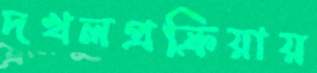
দখলপ্রক্রিয়ায়